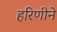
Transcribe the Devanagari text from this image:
हरिणीने